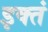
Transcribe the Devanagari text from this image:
इक्तं